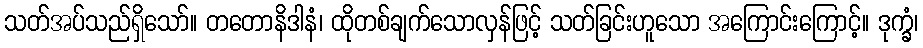
သတ်အပ်သည်ရှိသော်။ တတောနိဒါနံ၊ ထိုတစ်ချက်သောလှန်ဖြင့် သတ်ခြင်းဟူသော အကြောင်းကြောင့်။ ဒုက္ခံ၊